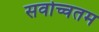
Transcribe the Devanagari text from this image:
सर्वोच्चतम